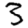
Digit: 3